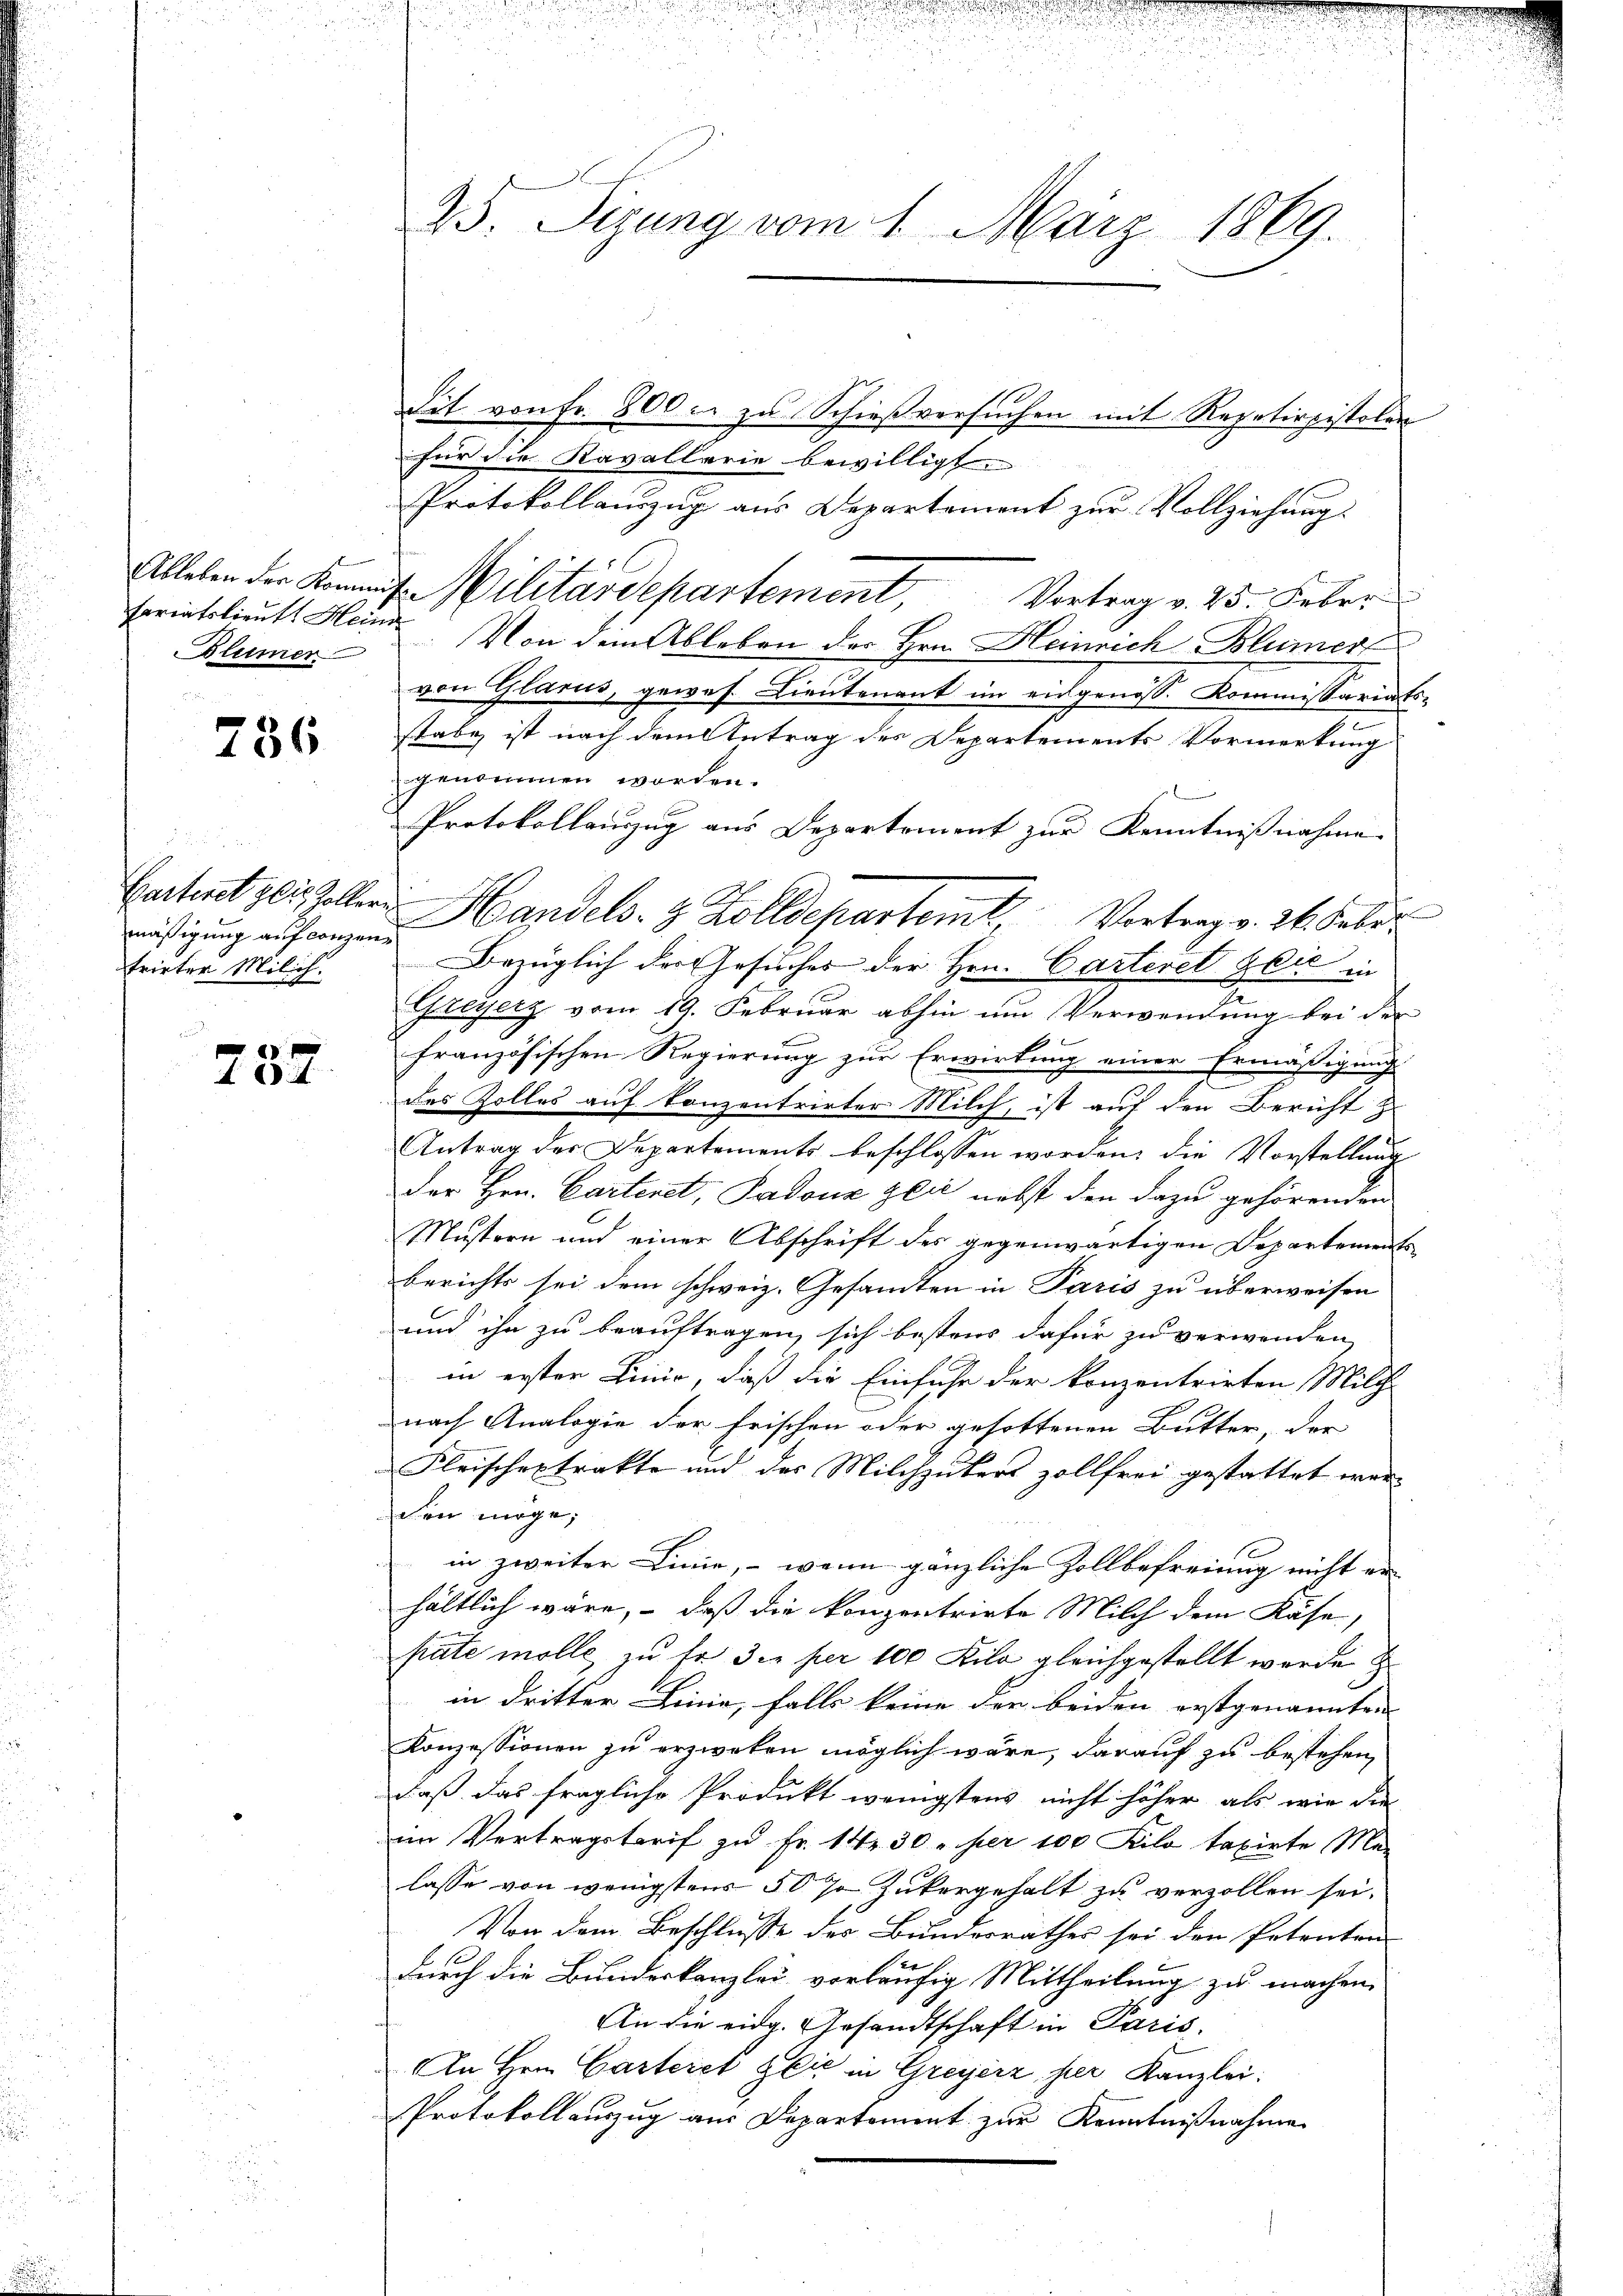
sariatslieut. Heine
Blümer

736

mäßigung auf conzen
trirter Milich.

x
A

it von Fr. 800. zu Schießversuchen mit Repetirpistolen
für die Kavallerie bewilligt.
Protokollanzug aus Departement zur Vollziehung.
Ableben der Kommat. Militärdepartement, Vortrag v. 25. Febr.
Von dem Ableben der Hrn. Heinrich Blümer
von Glarus, gewes. Lieutenant im eidgenöss. Kommissariats-
stabe, ist nach dem Antrag des Departements Vormerkung
zgenommen worden.
Protokollauszug aus Departement zur Kenntnißnahme

Cartentzlicheller Handels- & Zolldepartemt, Vortrag v. 26. Febr.
Bezüglich der Gesuches der Hrn. Carteret Glić in
Greyerz vom 19. Februar abhin um Verwendung bei der
französischen Regierung zur Erwirkung einer Ermässigung
des Zolles auf Konzentrirter Milch, ist auf den Bericht z
Antrag des Departements beschlossen worden, die Vorstellung
der Hrn. Cartenet, Padouz zeit nebst den dazu gehörenden
Mustern und einer Abschrift des gegenwärtigen Departements
berichts sei dem schweiz. Gesamten in Paris zu überweisen
und ihn zu beauftragen, sich bestens dafür zu verwenden,
in erster Linio, daß die Einfuhr der konzentrirten Milch
nach Analogie der frischen oder gesottenen Butter, der
Fleischextrakte und der Milchzubers zollfrei gestattet werchen möge;
in zweiter Linie, – wenn gänzliche Zollbefreiung nicht er
hältlich wäre, – daß die konzentrirte Milch dem Käse,
pate molle zu fr. 3. per 100 Kilo gleichgestellt werde
in dritter Linie, falls keine der beiden erstgenannten |
Konzessionen zu erzweken möglich wäre, darauf zu bestehen,
daß das fragliche Produkt wenigstens nicht höher als wie die
im Vertragstarif zu Fr. 142 30 per 100 Kilo taxirte Ma-
lasse von wenigstens 507 Zukergehalt zu verzollen sei.
Von dem Beschlusse des Bundesrathes sei den Petenten
1
durch die Bundeskanzlei vorläufig Mittheilung zu machen.
An die eidg. Gesandtschaft in Paris.
An Hrn. Carteret glić in Greyerz hier Kanzlei:
Protokollauszug aus Departement zur Kenntnißnahme

25. Sizung vom 1. März 1869.